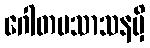
ဂေါတမသာသနမှိ